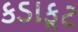
કડાકૂટ